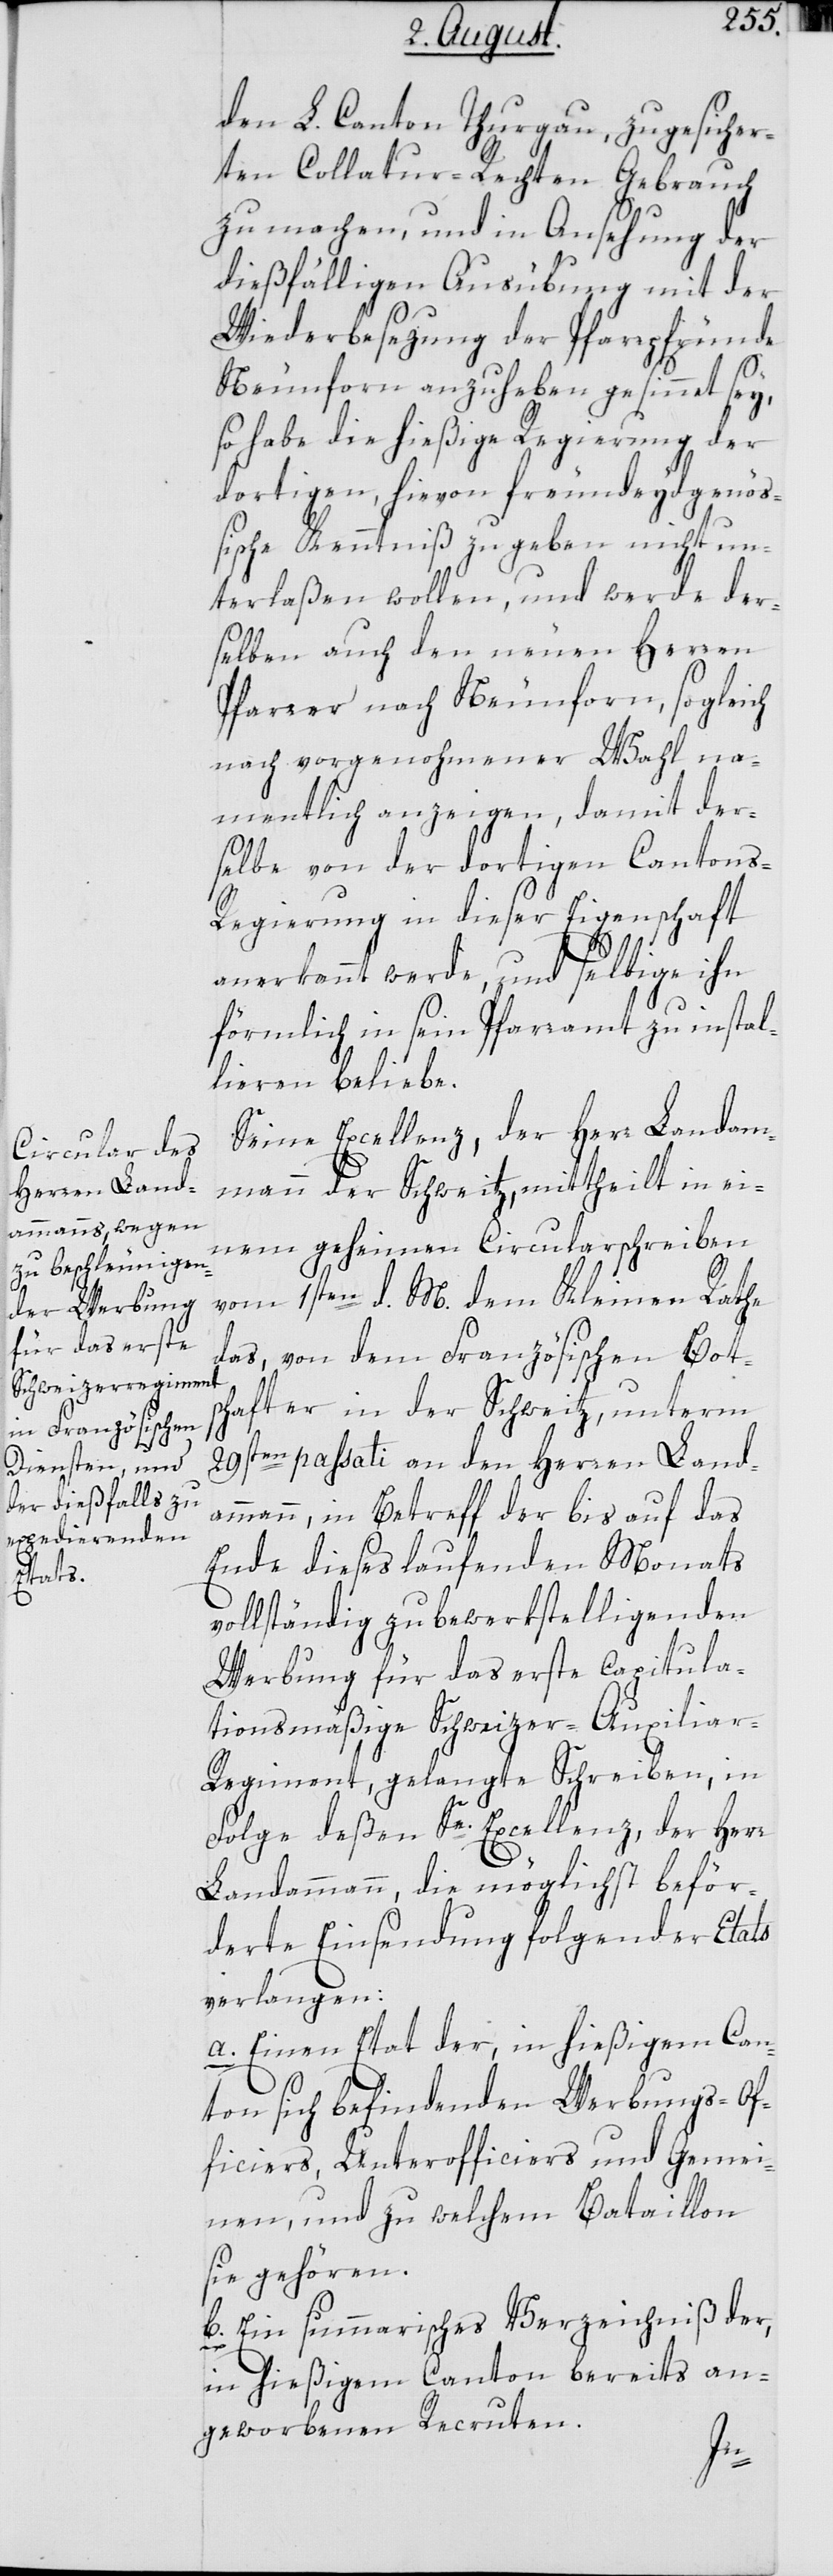
den L. Canton Thurgau, zugesicher¬
ten Collatur-Rechten Gebrauch
zu machen, und in Ansehung der
dießfälligen Ausübung mit der
Wiederbesezung der Pfarrpfründe
Neunforn anzuheben gesinnt sey,
so habe die hießige Regierung der
dortigen, hievon freundeydgenöß¬
ische Kenntniß zu geben nicht un¬
terlaßen wollen, und werde der¬
selben auch den neuen Herren
Pfarrer nach Neunforn, sogleich
nach vorgenohmener Wahl na¬
mentlich anzeigen, damit der¬
selbe von der dortigen Cantons¬
regierung in dieser Eigenschaft
anerkennt werde, und selbige ihn
förmlich in sein Pfarramt zu instal¬
lieren beliebe.
Seine Excellenz, der Herr Landam¬
mann der Schweitz, mittheilt in ei¬
nem geheimen Circularschreiben
vom 1sten d. M dem Kleinen Rathe
das, von dem Französischen Bot¬
schafter in der Schweitz, unterm
29sten passati an den Herren Land¬
ammann, in Betreff der bis auf das
Ende dieses laufenden Monats
vollständig zu bewerkstelligenden
Werbung für das erste capitula¬
tionsmäßige Schweizer-Auxilia¬
r-Regiment, gelangte Schreiben, in
Folge deßen Se. Excellenz, der Herr
Landammann, die möglichst beför¬
derte Einsendung folgender Etats
verlangen:
a. Einen Etat der, in hießigem Can¬
ton sich befindenden Werbungs-Of¬
ficiers, Unterofficiers und Gemei¬
nen, und zu welchem Bataillon
sie gehören.
b. Ein summarisches Verzeichniß der,
in hießigem Canton bereits an¬
geworbenen Recruten.